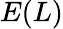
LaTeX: E(L)